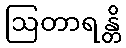
ဩတာရန္တိ